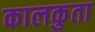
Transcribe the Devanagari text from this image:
कालकुता